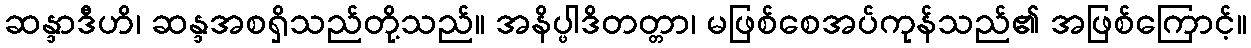
ဆန္ဒာဒီဟိ၊ ဆန္ဒအစရှိသည်တို့သည်။ အနိပ္ဖါဒိတတ္တာ၊ မဖြစ်စေအပ်ကုန်သည်၏ အဖြစ်ကြောင့်။